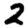
Digit: 2